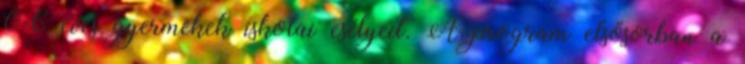
0-6 éves gyermekek iskolai esélyeit. A program elsősorban a